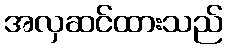
အလှဆင်ထားသည်